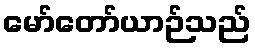
မော်တော်ယာဉ်သည်